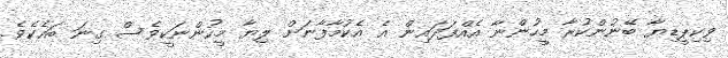
ވިކިޕީޑިޔާ ބޭނުންކުރާ މީހުންނާ އެއްފަދައިން އެ އެކުމާފާނަށް ލިޔާ މީހުންނަކީވެސް ގިނަ ބައެކެވެ.